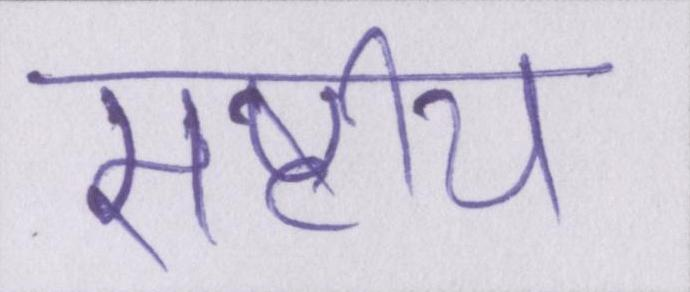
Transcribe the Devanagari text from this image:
राष्ट्रीय